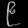
Digit: ၉